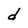
Character: d